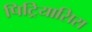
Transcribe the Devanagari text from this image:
पिट्रियासिस